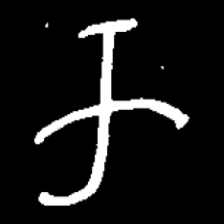
Pyu character \u2014 Myanmar letter: က (romanized: ka)